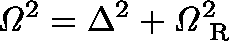
\mathit { \Omega } ^ { 2 } = \Delta ^ { 2 } + \mathit { \Omega } _ { \mathrm { ~ R ~ } } ^ { 2 }